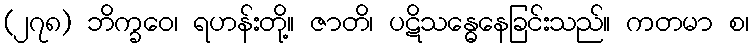
(၂၇၈) ဘိက္ခဝေ၊ ရဟန်းတို့။ ဇာတိ၊ ပဋိသန္ဓေနေခြင်းသည်။ ကတမာ စ၊